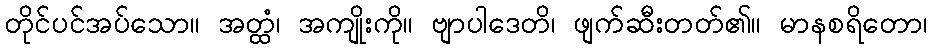
တိုင်ပင်အပ်သော။ အတ္ထံ၊ အကျိုးကို။ ဗျာပါဒေတိ၊ ဖျက်ဆီးတတ်၏။ မာနစရိတော၊